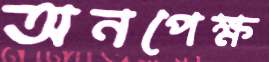
অনপেক্ষ